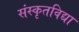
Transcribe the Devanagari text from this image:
संस्कृतविद्या